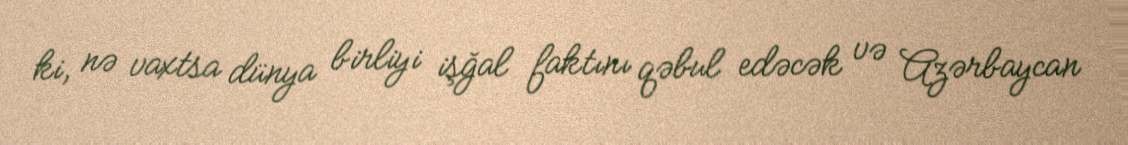
ki, nə vaxtsa dünya birliyi işğal faktını qəbul edəcək və Azərbaycan